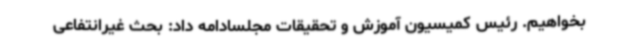
بخواهیم. رئیس کمیسیون آموزش و تحقیقات مجلسادامه داد: بحث غیرانتفاعی